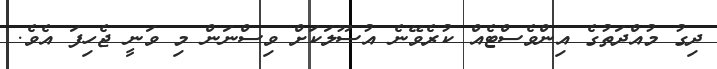
ދިގު މުއްދަތުގެ އިންވެސްޓެއް ކުރެވޭނެ އުސޫލަކަށް ވިސްނަން މި ވަނީ ޖެހިފަ އެވެ.